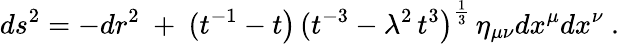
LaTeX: ds^{2}=-dr^{2}~+~(t^{-1}-t\big)\, (t^{-3}-\lambda^{2}\, t^{3}\big)^{\frac{1}{3}}\, \eta_{\mu\nu}dx^{\mu}dx^{\nu}\ .